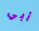
أبي